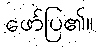
ဖော်ပြ၏။